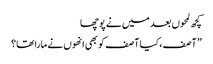
کچھ لمحوں بعد میں نے پوچھا
” آصف ،کیا آصف کو بھی انھوں نے مارا تھا؟